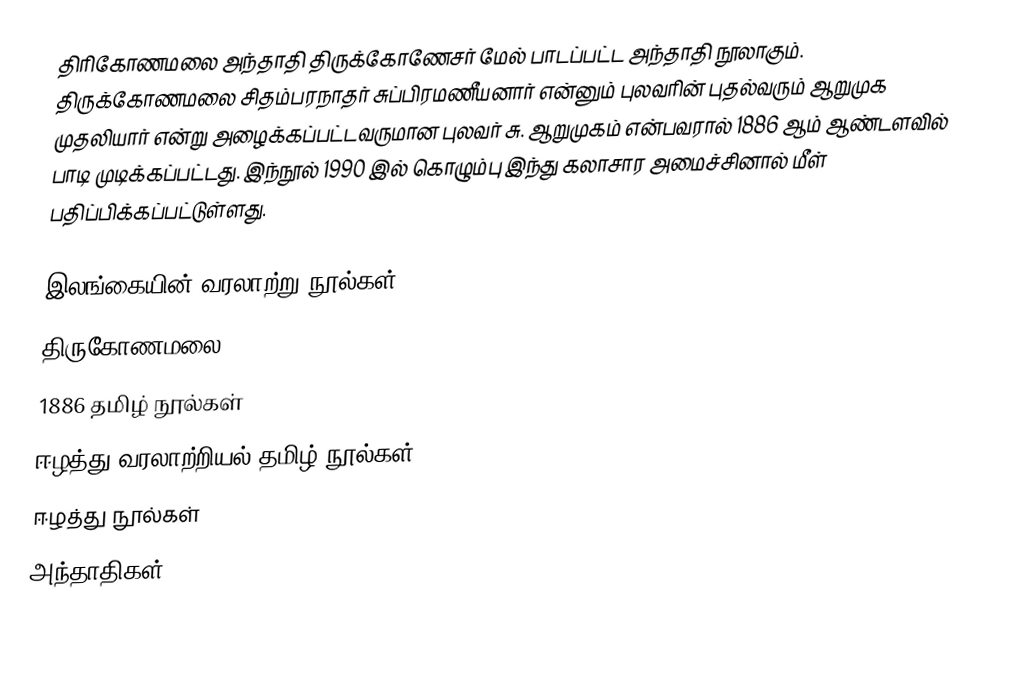
திரிகோணமலை அந்தாதி திருக்கோணேசர் மேல் பாடப்பட்ட அந்தாதி நூலாகும். திருக்கோணமலை சிதம்பரநாதர் சுப்பிரமணீயனார் என்னும் புலவரின் புதல்வரும் ஆறுமுக முதலியார் என்று அழைக்கப்பட்டவருமான புலவர் சு. ஆறுமுகம் என்பவரால் 1886 ஆம் ஆண்டளவில் பாடி முடிக்கப்பட்டது. இந்நூல் 1990 இல் கொழும்பு இந்து கலாசார அமைச்சினால் மீள் பதிப்பிக்கப்பட்டுள்ளது.

இலங்கையின் வரலாற்று நூல்கள்
திருகோணமலை
1886 தமிழ் நூல்கள்
ஈழத்து வரலாற்றியல் தமிழ் நூல்கள்
ஈழத்து நூல்கள்
அந்தாதிகள்